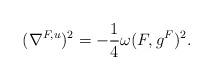
LaTeX: \begin{align*}(\nabla^{F, u})^2=-\frac{1}{4}\omega(F, g^F)^2.\end{align*}